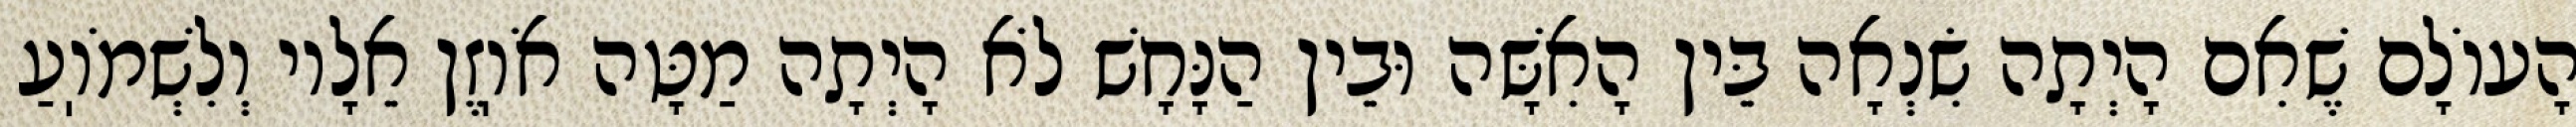
הָעוֹלָם שֶׁאִם הָיְתָה שִׂנְאָה בֵּין הָאִשָּׁה וּבֵין הַנָּחָשׁ לֹא הָיְתָה מַטָּה אֹוֽזֶן אֵלָיו וְלִשְׁמֹוֽעַ